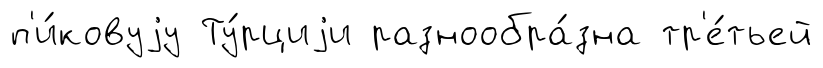
п'и́ковуjу Ту́рциjи разнообра́зна тр'е́тьей